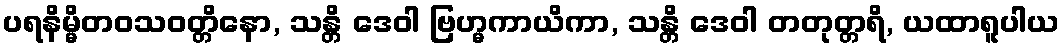
ပရနိမ္မိတဝသဝတ္တိနော, သန္တိ ဒေဝါ ဗြဟ္မကာယိကာ, သန္တိ ဒေဝါ တတုတ္တရိ, ယထာရူပါယ